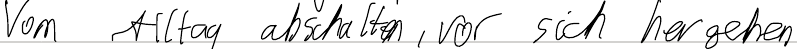
Vom Alltag abschalten, vor sich hergehen